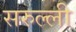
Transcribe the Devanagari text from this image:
सरुल्ली